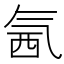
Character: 氥